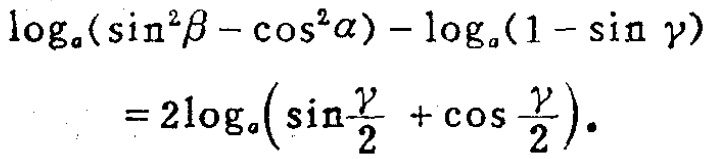
\(\log_{a}(\sin^{2}\beta - \cos^{2}\alpha) - \log_{a}(1 - \sin\gamma)=2\log_{a}(\sin\frac{\gamma}{2}+\cos\frac{\gamma}{2})\)